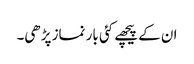
ان کے پیچھے کئی بار نماز پڑھی۔